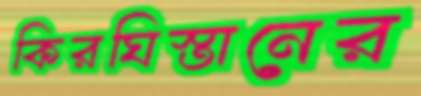
কিরঘিস্তানের